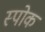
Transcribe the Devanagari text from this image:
स्‍पोक